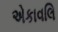
એકાવલિ